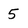
Character: 5